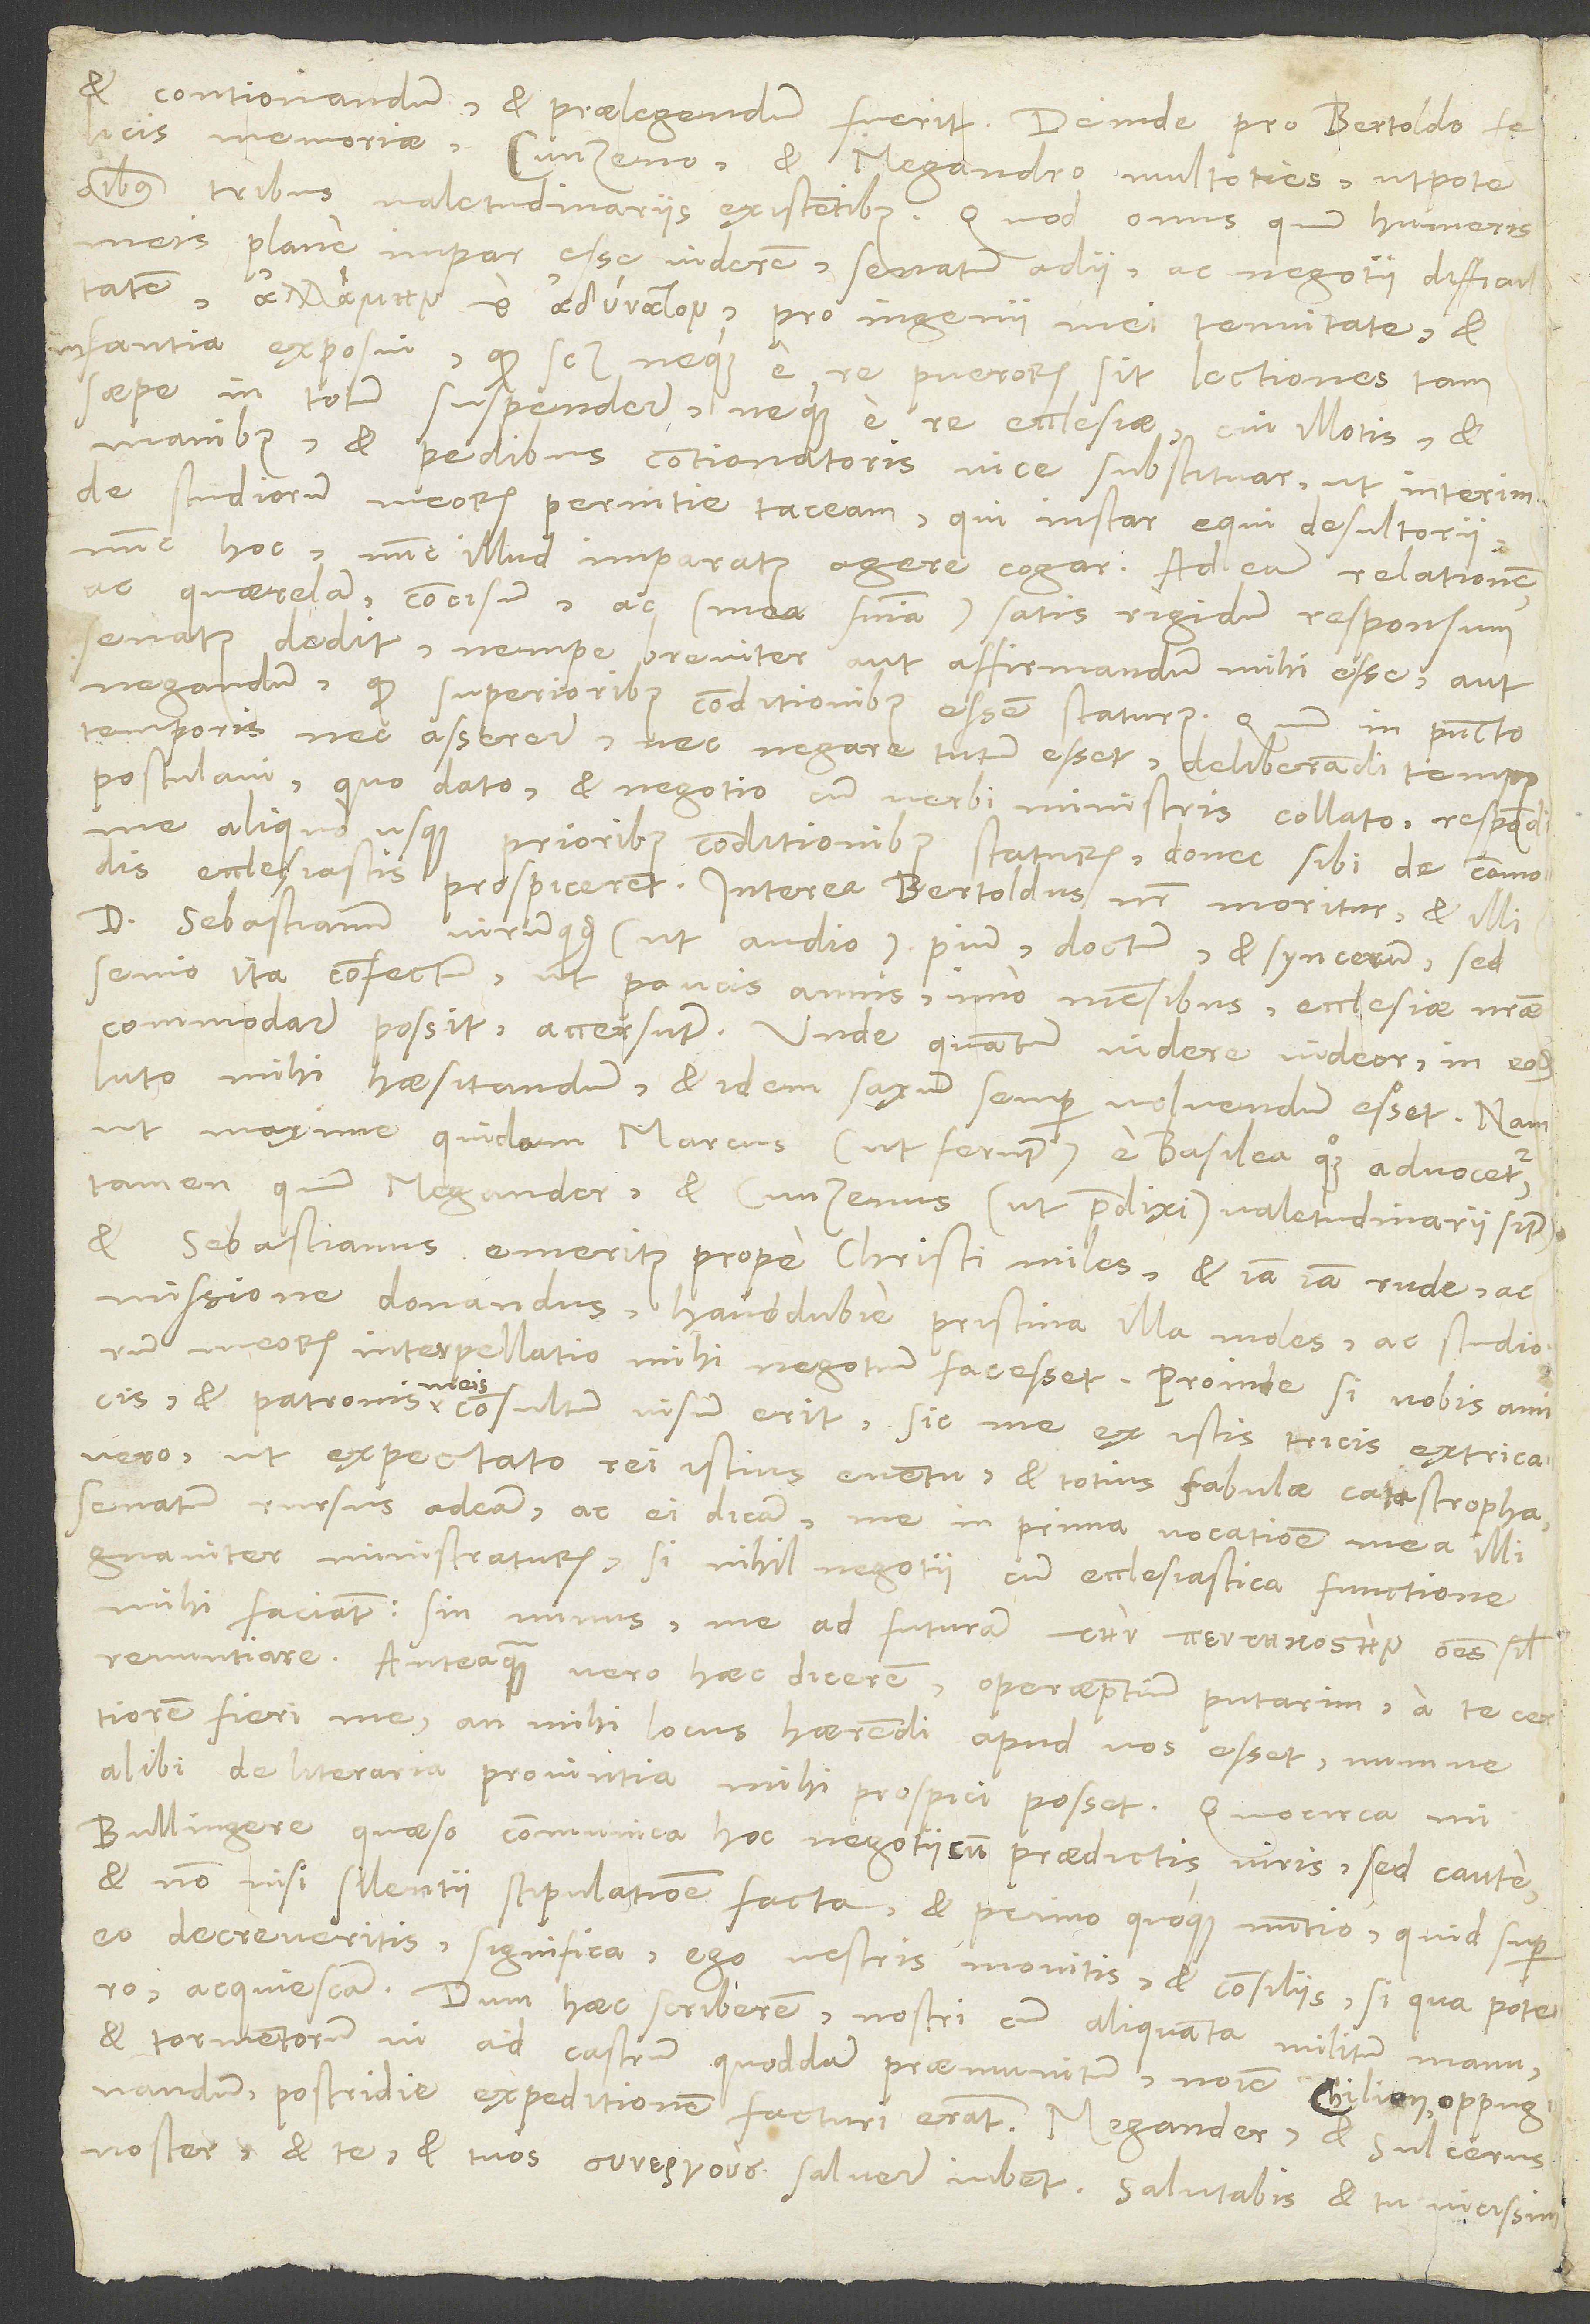
et contionandum et praelegendum fuerit, deinde pro Bertoldo felicis
memoriae, Cunzeno et Megandro multoties utpote
omnibus tribus valetudinariis existentibus. Quod onus quum humeris
meis plane impar esse viderem, senatum adii ac negotii difficultatem,
, pro ingenii mei tenuitate et
infantia exposui, quod scilicet neque e re puerorum sit lectiones tam
saepe in totum suspendere neque e re ecclesiae, cui illotis et
manibus et pedibus contionatoris vice substituar, ut interim
de studiorum meorum pernitie taceam, qui instar equi desultorii
nunc hoc, nunc illud imparatus agere cogar. Ad eam relationem
ac quaerelam concisum ac (mea sententia) satis rigidum responsum
senatus dedit, nempe breviter aut affirmandum mihi esse aut
negandum, quod superioribus conditionibus essem staturus. Quum in puncto
temporis nec asserere nec negare tutum esset, deliberandi tempus
postulavi, quo dato et negotio cum verbi ministris collato respondi
me aliquo usque prioribus conditionibus staturum, donec sibi de commodis
ecclesiastis prospicerent. Interea Bertoldus noster moritur et illi
Sebastianum, virum quidem (ut audio) pium, doctum et syncerum, sed
senio ita confectum, ut paucis annis, imo mensibus, ecclesiae nostrae
commodare possit, accersunt. Unde, quantum videre videor, in eodem
luto mihi haesitandum et idem saxum semper volvendum esset. Nam
ut maxime quidam Marcus (ut ferunt) e Basilea quoque advocetur,
tamen, quum Megander et Cunzenus (ut praedixi) valetudinarii sint
et Sebastianus emeritus prope Christi miles et iam iam rude ac
missione donandus, haud dubie pristina illa moles ac studiorum
meorum interpellatio mihi negotium facesset. Proinde si vobis, amicis
et patronis meis, consultum visum erit, sic me ex istis tricis extricavero,
ut expectato rei istius eventu et totius fabulae catastropha
senatum rursus adeam ac ei dicam me in prima vocatione mea illi
gnaviter ministraturum, si nihil negotii cum ecclesiastica functione
mihi faciant; sin minus, me ad futuram omnes simul
renuntiare. Anteaquam vero haec dicerem, operae pretium putarim a te certiorem
fieri me, an mihi locus haerendi apud vos esset, numne
alibi de literaria provintia mihi prospici posset. Quocirca, mi
Bullingere, quaeso, communica hoc negotii cum praedictis viris, sed caute
et non nisi silentii stipulatione facta, et primo quoque nuntio, quid super
eo decreveritis, significa. Ego vestris monitis et consiliis, si qua potero,
acquiescam. Dum haec scriberem, nostri cum aliquanta militum manu
et tormentorum VI ad castrum quoddam praemunitum nomine Chilion oppugnandum
postridie expeditionem facturi erant. Megander et Sulcerus
noster et te et tuos salvere iubent. Salutabis et tu vicissim